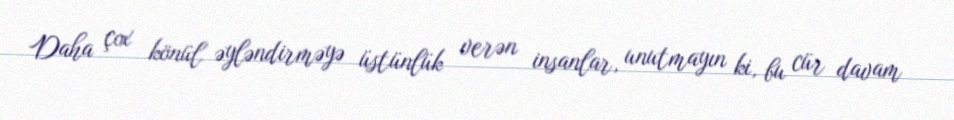
Daha çox könül əyləndirməyə üstünlük verən insanlar, unutmayın ki, bu cür davam